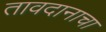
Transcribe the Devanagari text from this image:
तावदानाचा